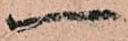
一